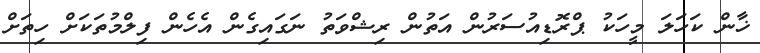
ޚާން ކަހަލަ މީހަކު ޕްރޮޑިއުސަރުން އަތުން ރިޝްވަތު ނަގައިގެން އެހެން ފިލްމުތަކަށް ހިތަށް